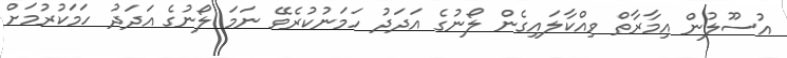
އުސޫލުން އިމާރާތް ވިއްކާލައިގެން ލޯނުގެ އަދަދު ހަމަނުކުރެވޭ ނަމަ ލޯނުގެ އަދަދު ހަމަކުރުމަށް